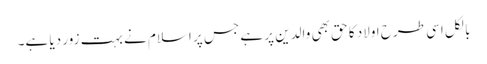
بالکل اسی طرح اولاد کا حق بھی والدین پر ہے جس پر اسلام نے بہت زور دیا ہے۔